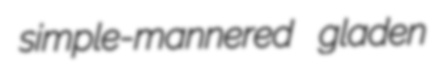
simple-mannered gladen